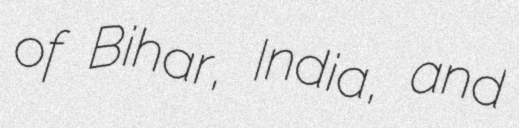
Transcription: of Bihar, India, and